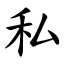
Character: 私